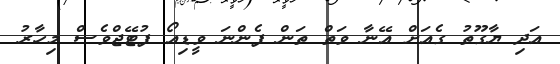
އަދި ޔާގޫތު ގެއަށް އޭނާ ވަތް ތަން ފެންނަ ވީޑިއޯ ފުޓޭޖްވެސް މިހާރު